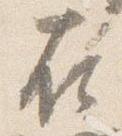
在